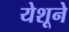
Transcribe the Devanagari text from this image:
येशूने